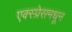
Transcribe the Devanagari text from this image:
एक्स्प्रेसमधून